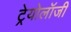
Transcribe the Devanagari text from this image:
ट्रेयोलॉजी